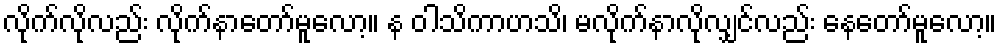
လိုက်လိုလည်း လိုက်နာတော်မူလော့။ န ဝါသိကာဟသိ၊ မလိုက်နာလိုလျှင်လည်း နေတော်မူလော့။